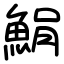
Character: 𩷫